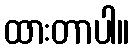
ထားတာပါ။